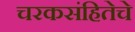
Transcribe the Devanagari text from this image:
चरकसंहितेचे